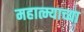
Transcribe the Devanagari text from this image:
महात्म्याच्या